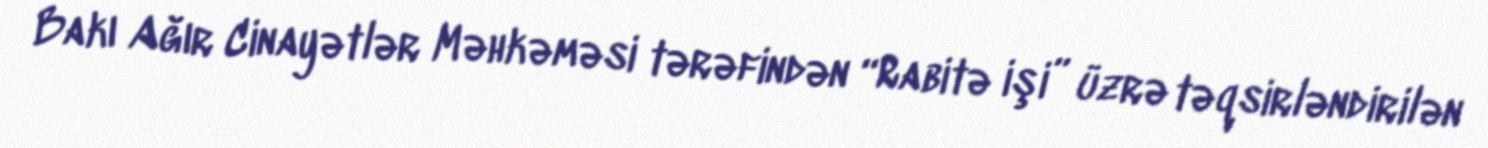
Bakı Ağır Cinayətlər Məhkəməsi tərəfindən “Rabitə işi” üzrə təqsirləndirilən